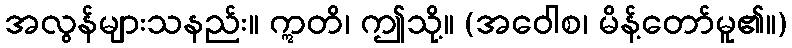
အလွန်များသနည်း။ ဣတိ၊ ဤသို့။ (အဝေါစ၊ မိန့်တော်မူ၏။)